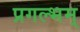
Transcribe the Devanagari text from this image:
प्रगल्भम्